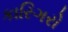
કારિગરો